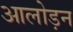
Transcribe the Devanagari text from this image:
आलोड़न